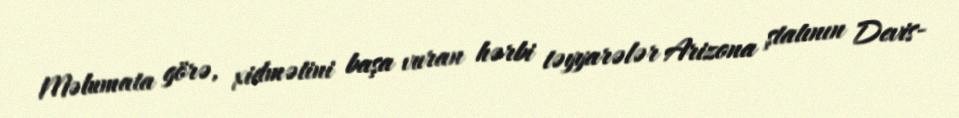
Məlumata görə, xidmətini başa vuran hərbi təyyarələr Arizona ştatının Devis-